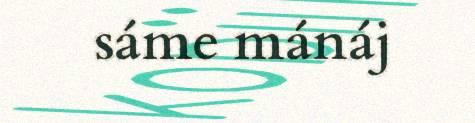
sáme mánáj